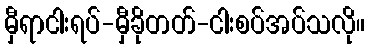
မှီရာငါးရပ်-မှီခိုတတ်-ငါးစပ်အပ်သလို။